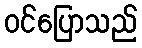
ဝင်ပြောသည်